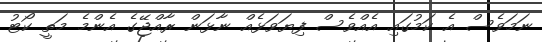
ނަމަވެސް އެ ކަމުގައި އެއްވެސް ފިޔަވަޅެއް ނާޅަން ރާއްޖޭގެ އެންމެ މަތީ ކޯޓު